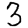
Digit: 3